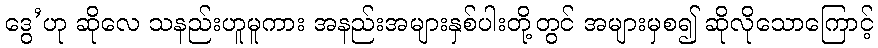
ဒွေ’ဟု ဆိုလေ သနည်းဟူမူကား အနည်းအများနှစ်ပါးတို့တွင် အများမှစ၍ ဆိုလိုသောကြောင့်